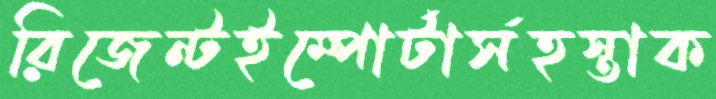
রিজেন্টইম্পোর্টার্সহস্তাক